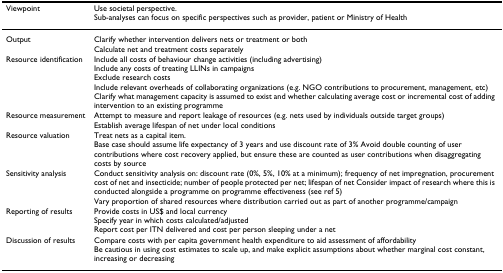
<table><thead><tr><td><b>Viewpoint</b></td><td><b>Use societal perspective.Sub-analyses can focus on specific perspectives such as provider, patient or Ministry of Health</b></td></tr></thead><tbody><tr><td>Output</td><td>Clarify whether intervention delivers nets or treatment or bothCalculate net and treatment costs separately</td></tr><tr><td>Resource identification</td><td>Include all costs of behaviour change activities (including advertising)Include any costs of treating LLINs in campaignsExclude research costsInclude relevant overheads of collaborating organizations (e.g. NGO contributions to procurement, management, etc)Clarify what management capacity is assumed to exist and whether calculating average cost or incremental cost of adding intervention to an existing programme</td></tr><tr><td>Resource measurement</td><td>Attempt to measure and report leakage of resources (e.g. nets used by individuals outside target groups)Establish average lifespan of net under local conditions</td></tr><tr><td>Resource valuation</td><td>Treat nets as a capital item.Base case should assume life expectancy of 3 years and use discount rate of 3% Avoid double counting of user contributions where cost recovery applied, but ensure these are counted as user contributions when disaggregating costs by source</td></tr><tr><td>Sensitivity analysis</td><td>Conduct sensitivity analysis on: discount rate (0%, 5%, 10% at a minimum); frequency of net impregnation, procurement cost of net and insecticide; number of people protected per net; lifespan of net Consider impact of research where this is conducted alongside a programme on programme effectiveness (see ref 5)Vary proportion of shared resources where distribution carried out as part of another programme/campaign</td></tr><tr><td>Reporting of results</td><td>Provide costs in US$ and local currencySpecify year in which costs calculated/adjustedReport cost per ITN delivered and cost per person sleeping under a net</td></tr><tr><td>Discussion of results</td><td>Compare costs with per capita government health expenditure to aid assessment of affordabilityBe cautious in using cost estimates to scale up, and make explicit assumptions about whether marginal cost constant, increasing or decreasing</td></tr></tbody></table>